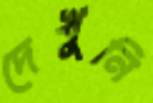
দেখুনি